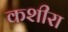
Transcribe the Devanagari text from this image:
कशीरा